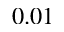
0 . 0 1